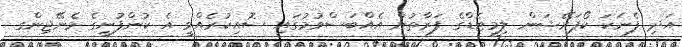
އަދި ފެނަކަ ކޯޕަރޭޝަން ލިމިޓެޑްގެ ފަރާތުން އެއްބަސްވުމުގައި ސޮއިކުރެއްވީ އެ ކުންފުނީގެ މެނޭޖިންގ